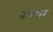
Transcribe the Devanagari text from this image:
बध्कर